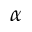
\alpha